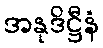
အနုဒိဋ္ဌီနံ